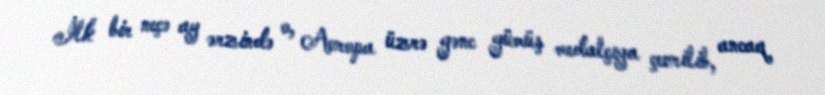
İlk bir neçə ay ərzində o, Avropa üzrə gənc gümüş medalçıya çevrilib, ancaq